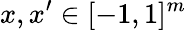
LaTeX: x,x^{\prime}\in[-1,1]^{m}